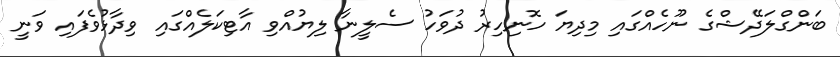
ބަންގްލަދޭޝްގެ ނޫހެއްގައި މިދިޔަ ހޮނިހިރު ދުވަހު ސެލީނާ ލިޔުއްވި އާޓިކަލެއްގައި ވިދާޅުވެފައި ވަނީ